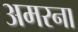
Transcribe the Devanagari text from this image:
अमरना